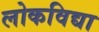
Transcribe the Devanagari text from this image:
लोकविद्या